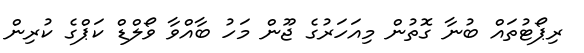
ރިޕޯޓުތައް ބުނާ ގޮތުން މިއަހަރުގެ ޖޫން މަހު ބާއްވާ ވޯލްޑް ކަޕްގެ ކުރިން